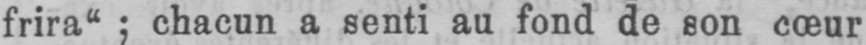
frira“; chacun a senti au fond de son cœur